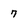
Character: 7